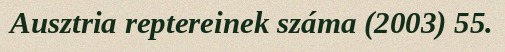
Ausztria reptereinek száma (2003) 55.